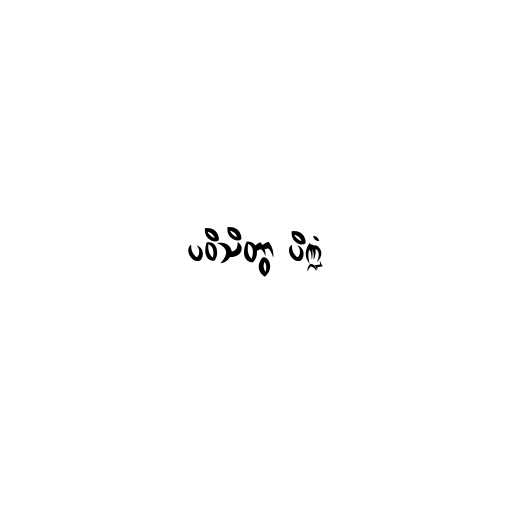
ပဝိသိတွာ ပိဏ္ဍံ